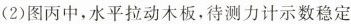
(2)图丙中，水平拉动木板，待测力计示数稳定